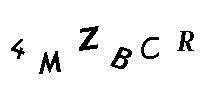
4MZBCR